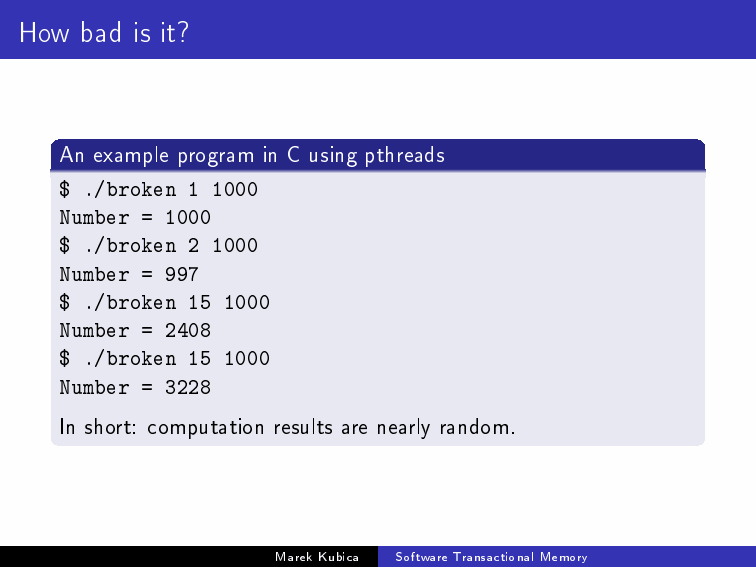
How bad is it?
 An example program in C using pthreads
 $ ./broken 1 1000
 Number = 1000
 $ ./broken 2 1000
 Number = 997
 $ ./broken 15 1000
 Number = 2408
 $ ./broken 15 1000
 Number = 3228
 In short: computation results are nearly random.
 MarekKubica SoftwareTransactionalMemory